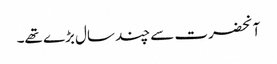
آنحضرت سے چند سال بڑے تھے۔